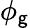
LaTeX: \phi_{\mathsf{g}}